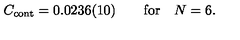
C _ { \mathrm { c o n t } } = 0 . 0 2 3 6 ( 1 0 ) \qquad \mathrm { f o r } \quad N = 6 .